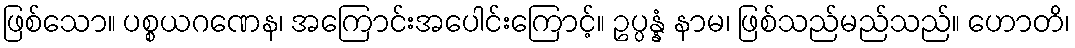
ဖြစ်သော။ ပစ္စယဂဏေန၊ အကြောင်းအပေါင်းကြောင့်။ ဥပ္ပန္နံ နာမ၊ ဖြစ်သည်မည်သည်။ ဟောတိ၊